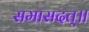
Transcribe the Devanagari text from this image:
समासदत्॥